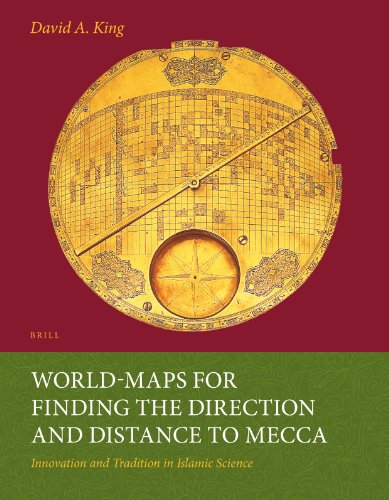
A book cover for World-Maps for Finding the Direction and Distance to Mecca: Innovation and Tradition in Islamic Science; David A. King; Religion & Spirituality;